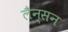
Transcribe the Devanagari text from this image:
लैन्सन